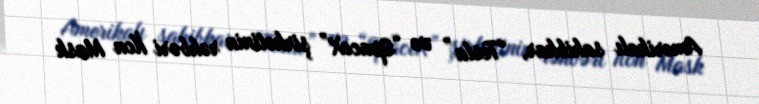
Amerikalı sahibkar, “Tesla” və “SpaceX” şirkətinin rəhbəri İlon Mask